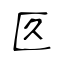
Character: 匛